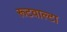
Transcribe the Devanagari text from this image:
रूटवाल्टा